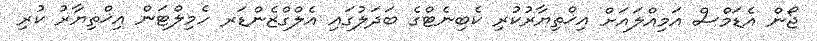
ޖޯން އެޑަމްސް އަމިއްލައަށް އިޚްތިޔާރުކުރި ކެބިނެޓްގެ ބަދަލުގައި އެލްގްޒެންޑަރ ހެމިލްޓަން އިޚްތިޔާރު ކުރި